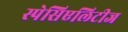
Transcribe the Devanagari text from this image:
स्पेसिएलिटीज